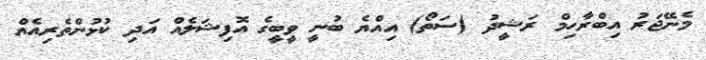
މެނޭޖަރު އިބްރާހިމް ރަޝީދު (ސަތޯ) އިއްޔެ ބުނީ ވީބީގެ އޮފިޝަލެއް އަދި ކުޅުންތެރިއެއް